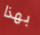
بهذا